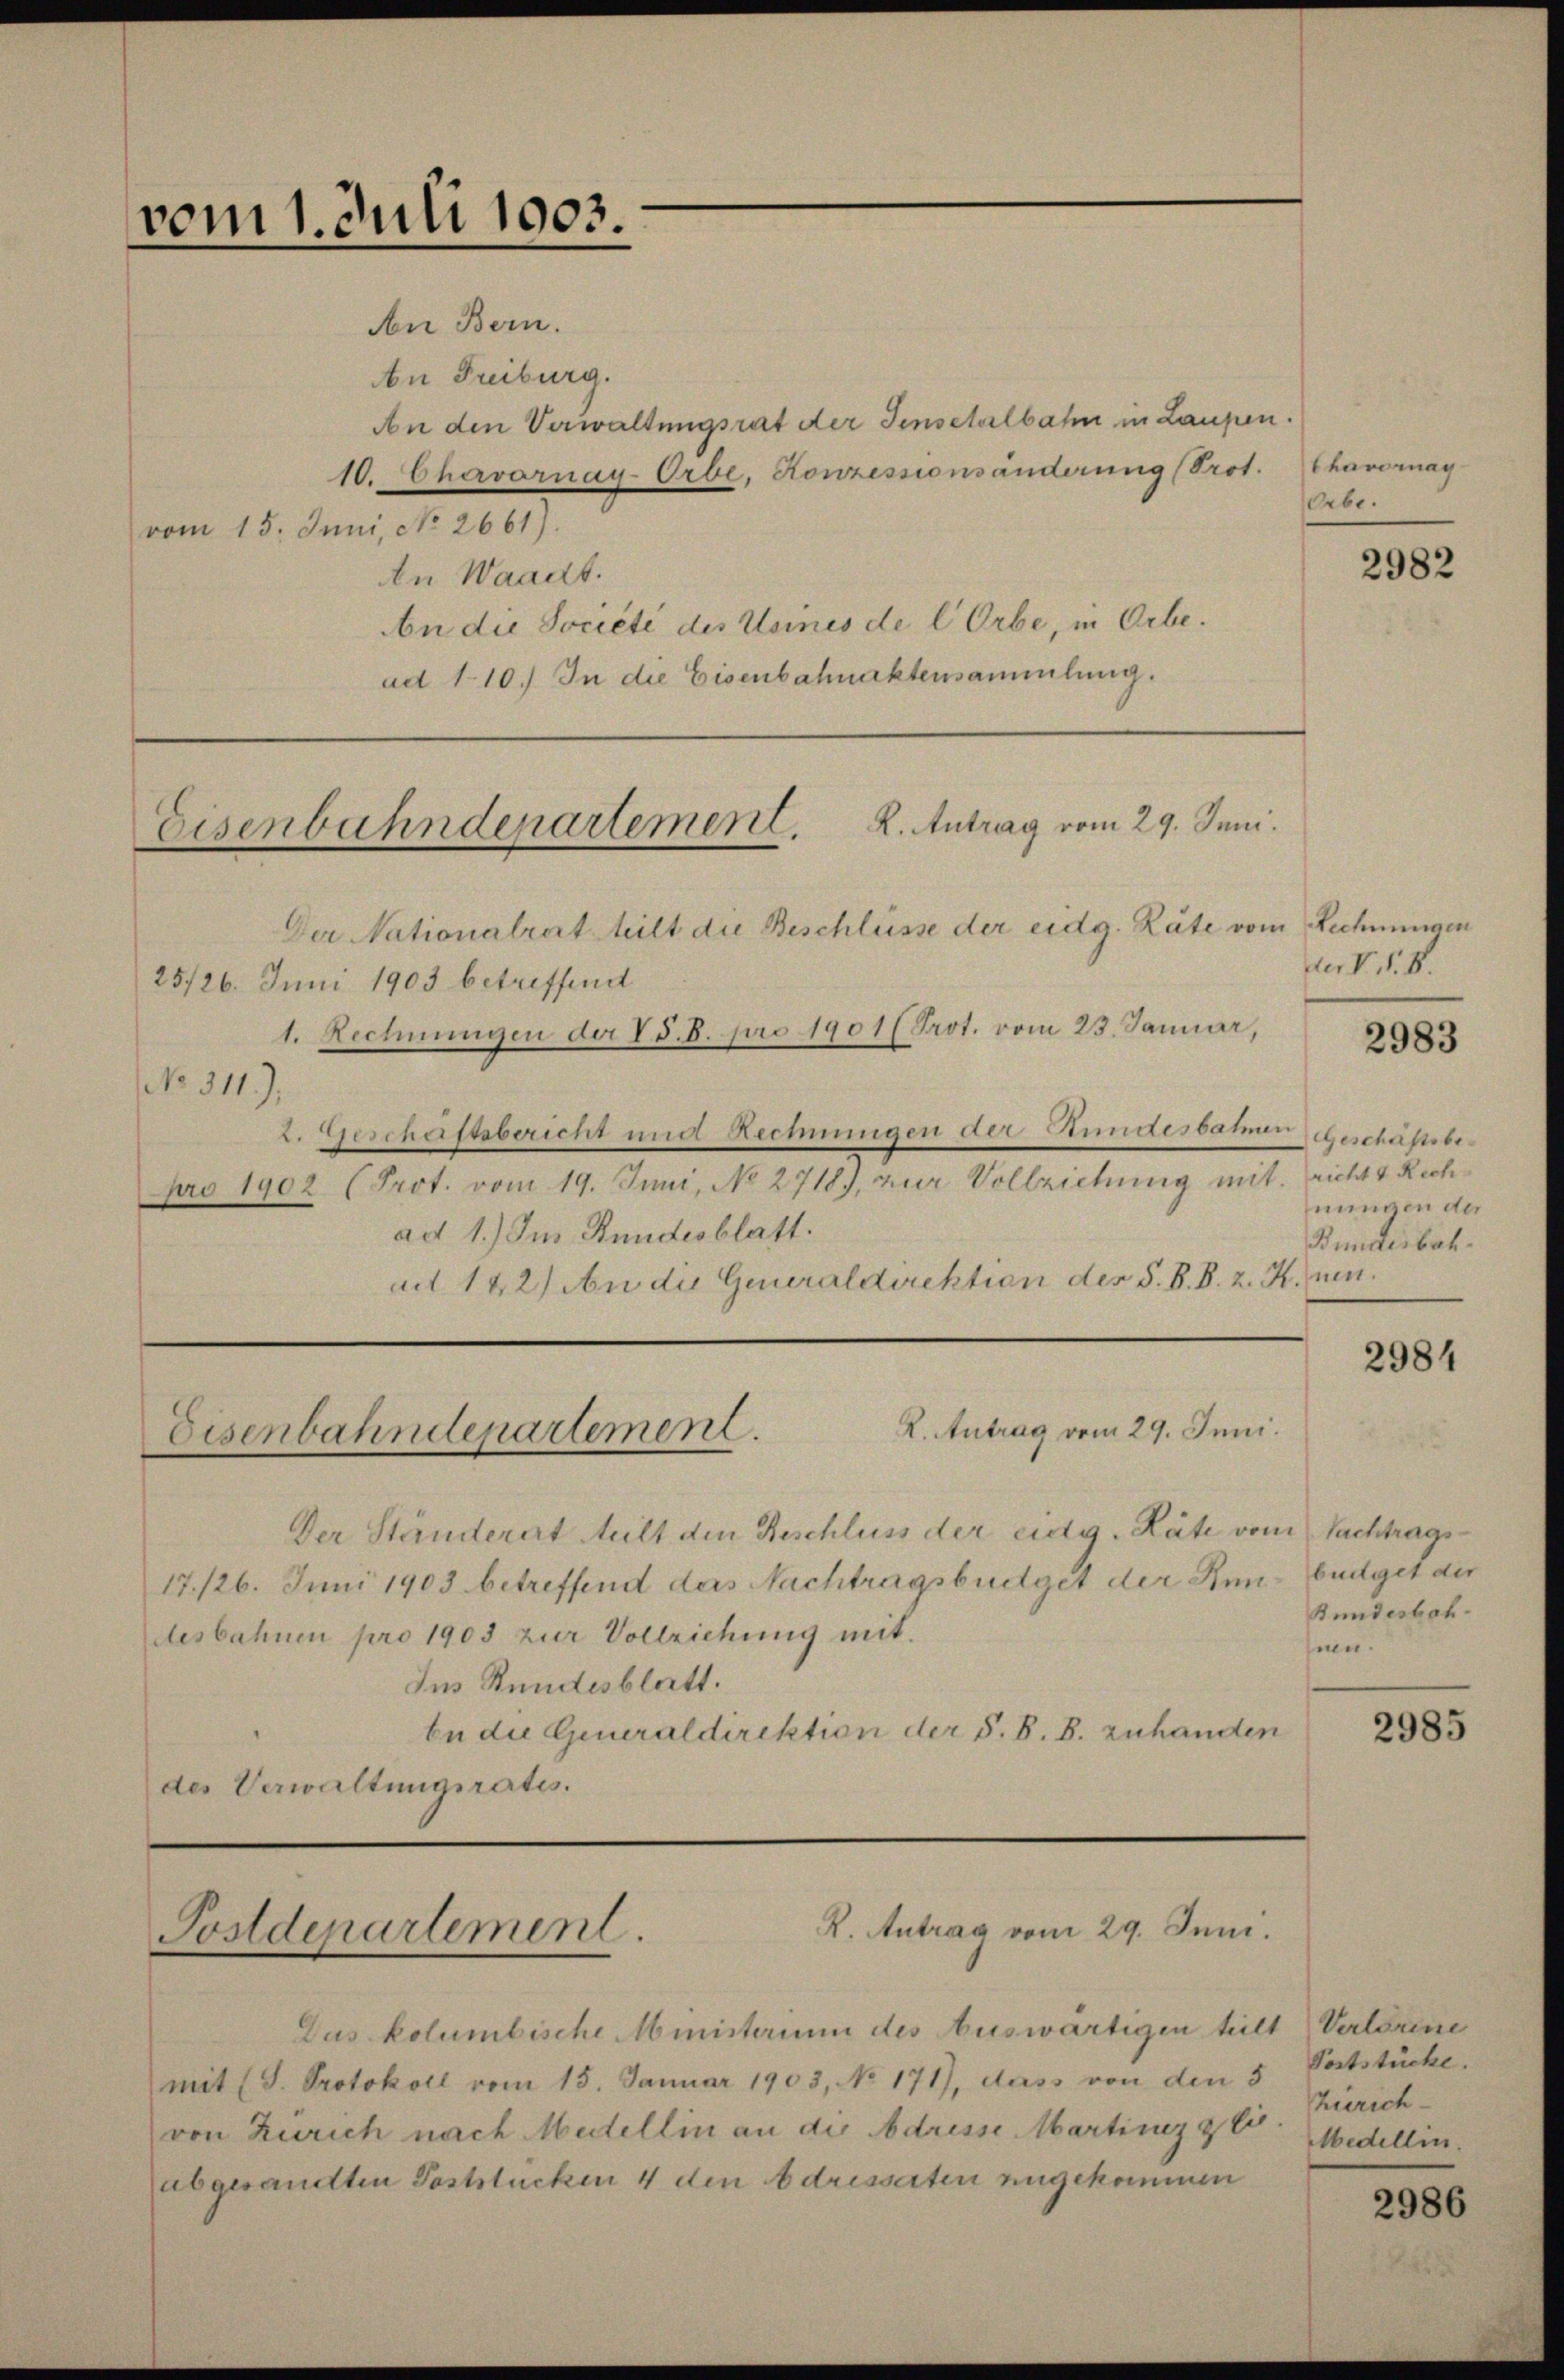
vom 1. Juli 1903.

NNo. 311).

An Freiburg.
An den Verwaltungsrat der Jensetalbahn in Laupen.
10. hervornay Orbe, Konzessionsänderung (Prot. Chavornay
vom 15. Juni, No 2661).
An Waadt.
An die Société des Unmes de l Orbe, in Orbe.
ad 110.) In die Eisenbahnaktensammlung.

An Bern.

25/26. Juni 1903 betreffend

Der Nationalrat teilt die Beschlüsse der eidg. Räte vom Rechnungen
1. Rechnungen der V S. 8. pro 1901 (Prot. vom 23. Januar,
2. Geschaftsbericht und Rechnungen der Stundesbahnen geschäftsbe¬

L. Antrag vom 29. Juni.
Eisenbahndepartement.

Postdepartement.

Eisenbahndepartement. K. Antrag vom 29. Juni.

pro 1902 (Prot. vom 19. Juni, No 2718), zur Vollziehung mit richt Rechad 1.) Im Bundesblatt.
d 122) An die Generaldirektion des S. B. B. z. K. nen

Der Ständerat teilt den Beschluss der eidg. Räte vom Nachtrags¬
17/26. Juni 1903 betreffend das Nachtragsbüdget der Ren-Büdget der
desbahnen pro 1903 zur Vollziehung mit.
Ins Bundesblatt.
be die Generaldirektion der S. B. B. zuhanden
des Verwaltungsrates.

Das kolumbische Ministerium des Auswärtigen tei
mit (S. Protokoll vom 15. Januar 1903, No 171), dass von den 5 Poststücke,
von Zürich nach Medellin an die Adresse Martiner z
abgesandten Poststücken 4 den Adresserten angekommen

Orbe.

R. Antrag vom 29. Juni.

2982

der V. d. 8.

2983

nungen der
Bunderbach.

2984

Bundesbah
heen.

2985

ilt Verlorene
hierichis
Medellin.

2986